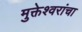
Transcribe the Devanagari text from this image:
मुक्तेश्वरांचा